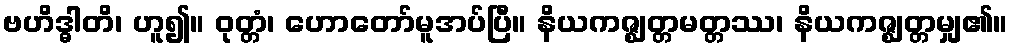
ဗဟိဒ္ဓါတိ၊ ဟူ၍။ ဝုတ္တံ၊ ဟောတော်မူအပ်ပြီ။ နိယကဇ္ဈတ္တမတ္တဿ၊ နိယကဇ္ဈတ္တမျှ၏။